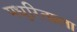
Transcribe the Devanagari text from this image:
मधुरिताला